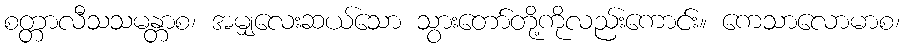
စတ္တာလီသသမန္တာစ၊ အမျှလေးဆယ်သော သွားတော်တို့ကိုလည်းကောင်း။ ကေသာလောမာစ၊